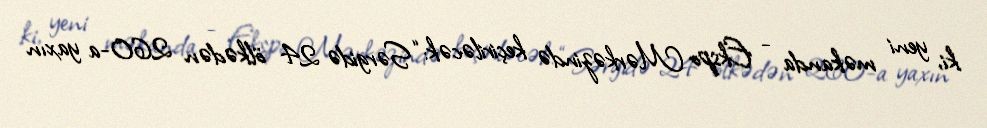
ki, yeni məkanda - Ekspo Mərkəzində keçiriləcək: “Sərgidə 24 ölkədən 260-a yaxın